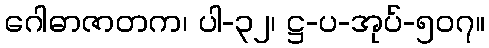
ဂေါဓာဇာတက၊ ပါ-၃၂၊ ဋ္ဌ-ပ-အုပ်-၅၀၇။